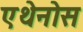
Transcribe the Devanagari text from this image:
एथेनोस